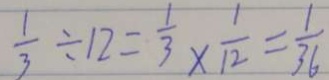
\frac { 1 } { 3 } \div 1 2 = \frac { 1 } { 3 } \times \frac { 1 } { 1 2 } = \frac { 1 } { 3 6 }